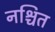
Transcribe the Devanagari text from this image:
नश्चित